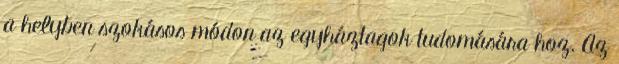
a helyben szokásos módon az egyháztagok tudomására hoz. Az